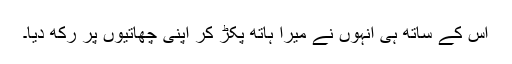
اس کے ساتھ ہی انہوں نے میرا ہاتھ پکڑ کر اپنی چھاتیوں پر رکھ دیا۔